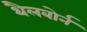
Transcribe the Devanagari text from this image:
थैलबोर्न